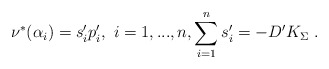
\begin{align*}\nu^*(\alpha_i)=s'_ip'_i,\ i=1,...,n,\sum_{i=1}^ns'_i=-D'K_\Sigma\ .\end{align*}